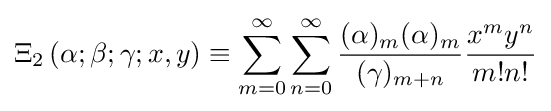
\Xi _{2}\left(\alpha ;\beta ;\gamma ;x,y\right)\equiv \sum _{m=0}^{\infty }\sum _{n=0}^{\infty }{\frac {(\alpha )_{m}(\alpha )_{m}}{(\gamma )_{m+n}}}{\frac {x^{m}y^{n}}{m!n!}}